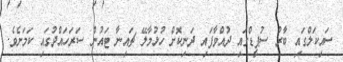
ސައިކަލްގައި ބާރު ސުޕީޑްގައި ދުއްވާފައި ދަނިކޮށް ހުޅުމާލޭ ޗައިނާ ޓައުން ސަރަހައްދުގައި ކަމަށެވެ.